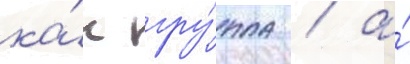
ка́к гру́ппа / а́